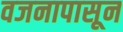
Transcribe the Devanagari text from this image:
वजनापासून